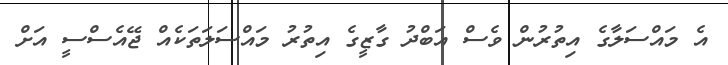
އެ މައްސަލާގެ އިތުރުން ވެސް އަބްދު ގާޒީގެ އިތުރު މައްސަލަތަކެއް ޖޭއެސްސީ އަށް